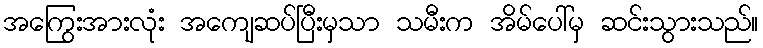
အကြွေးအားလုံး အကျေဆပ်ပြီးမှသာ သမီးက အိမ်ပေါ်မှ ဆင်းသွားသည်။